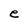
Character: e